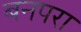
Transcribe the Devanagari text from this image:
बनपरा